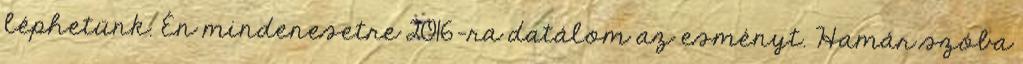
léphetünk. Én mindenesetre 2016-ra datálom az esményt. Hamár szóba